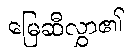
မြေဆီလွှာ၏